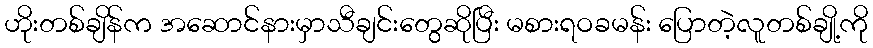
ဟိုးတစ်ချိန်က အဆောင်နားမှာသီချင်းတွေဆိုပြီး မစားရဝခမန်း ပြောတဲ့လူတစ်ချို့ကို